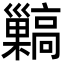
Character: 𩫥